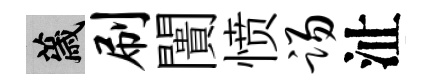
薉刷闠愤踢沚